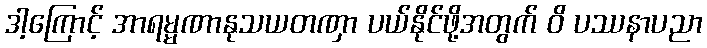
ဒါ့ကြောင့် အာရမ္မဏာနုသယတဏှာ ပယ်နိုင်ဖို့အတွက် ဝိ ပဿနာပညာ